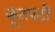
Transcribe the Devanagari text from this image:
कूटपटी